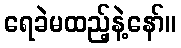
ရေခဲမထည့်နဲ့နော်။